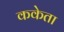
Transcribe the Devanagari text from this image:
ककेता